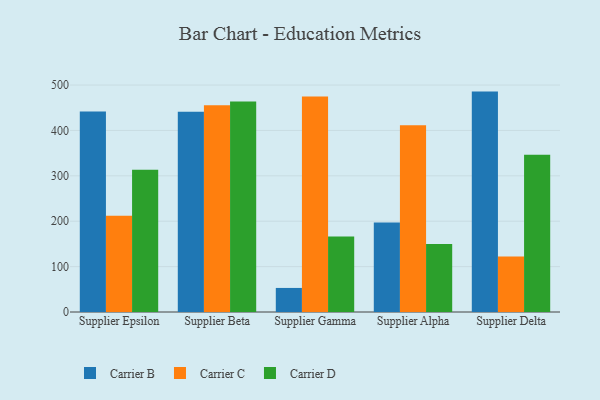
{"axis": {"x": "Supplier", "y": "Page Views"}, "legend": ["Carrier B", "Carrier C", "Carrier D"], "data": [{"x": "Supplier Epsilon", "y": 441.9, "type": "Carrier B"}, {"x": "Supplier Epsilon", "y": 211.9, "type": "Carrier C"}, {"x": "Supplier Epsilon", "y": 313.2, "type": "Carrier D"}, {"x": "Supplier Beta", "y": 441.1, "type": "Carrier B"}, {"x": "Supplier Beta", "y": 455.4, "type": "Carrier C"}, {"x": "Supplier Beta", "y": 464.0, "type": "Carrier D"}, {"x": "Supplier Gamma", "y": 53.0, "type": "Carrier B"}, {"x": "Supplier Gamma", "y": 474.8, "type": "Carrier C"}, {"x": "Supplier Gamma", "y": 166.3, "type": "Carrier D"}, {"x": "Supplier Alpha", "y": 197.0, "type": "Carrier B"}, {"x": "Supplier Alpha", "y": 411.2, "type": "Carrier C"}, {"x": "Supplier Alpha", "y": 150.0, "type": "Carrier D"}, {"x": "Supplier Delta", "y": 485.6, "type": "Carrier B"}, {"x": "Supplier Delta", "y": 122.3, "type": "Carrier C"}, {"x": "Supplier Delta", "y": 346.2, "type": "Carrier D"}]}